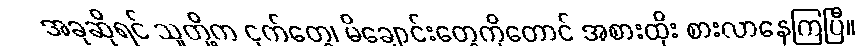
အခုဆိုရင် သူတို့က ငှက်တွေ၊ မိချောင်းတွေကိုတောင် အစားထိုး စားလာနေကြပြီ။